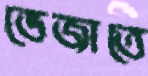
ভেজাতে